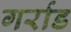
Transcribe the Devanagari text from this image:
गर्राड